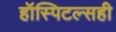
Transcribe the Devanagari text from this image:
हॉस्पिटल्सही